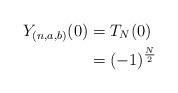
LaTeX: \begin{align*}Y_{(n,a,b)}(0)&=T_{N}(0)\\&=(-1)^{\frac{N}{2}}\end{align*}